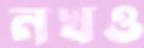
নখও